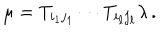
\mu = T _ { i _ { 1 } j _ { 1 } } \cdots T _ { i _ { \ell } j _ { \ell } } \lambda \, .